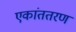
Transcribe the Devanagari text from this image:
एकांततरण